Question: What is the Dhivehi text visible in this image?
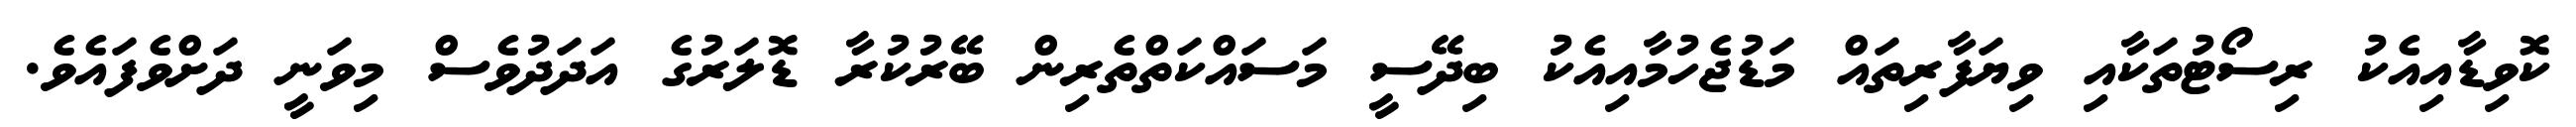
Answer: ކޮވިޑާއިއެކު ރިސޯޓުތަކާއި ވިޔަފާރިތައް މަޑުޖެހުމާއިއެކު ބިދޭސީ މަސައްކަތްތެރިން ބޭރުކުރާ ޑޮލަރުގެ އަދަދުވެސް މިވަނީ ދަށްވެފައެވެ.